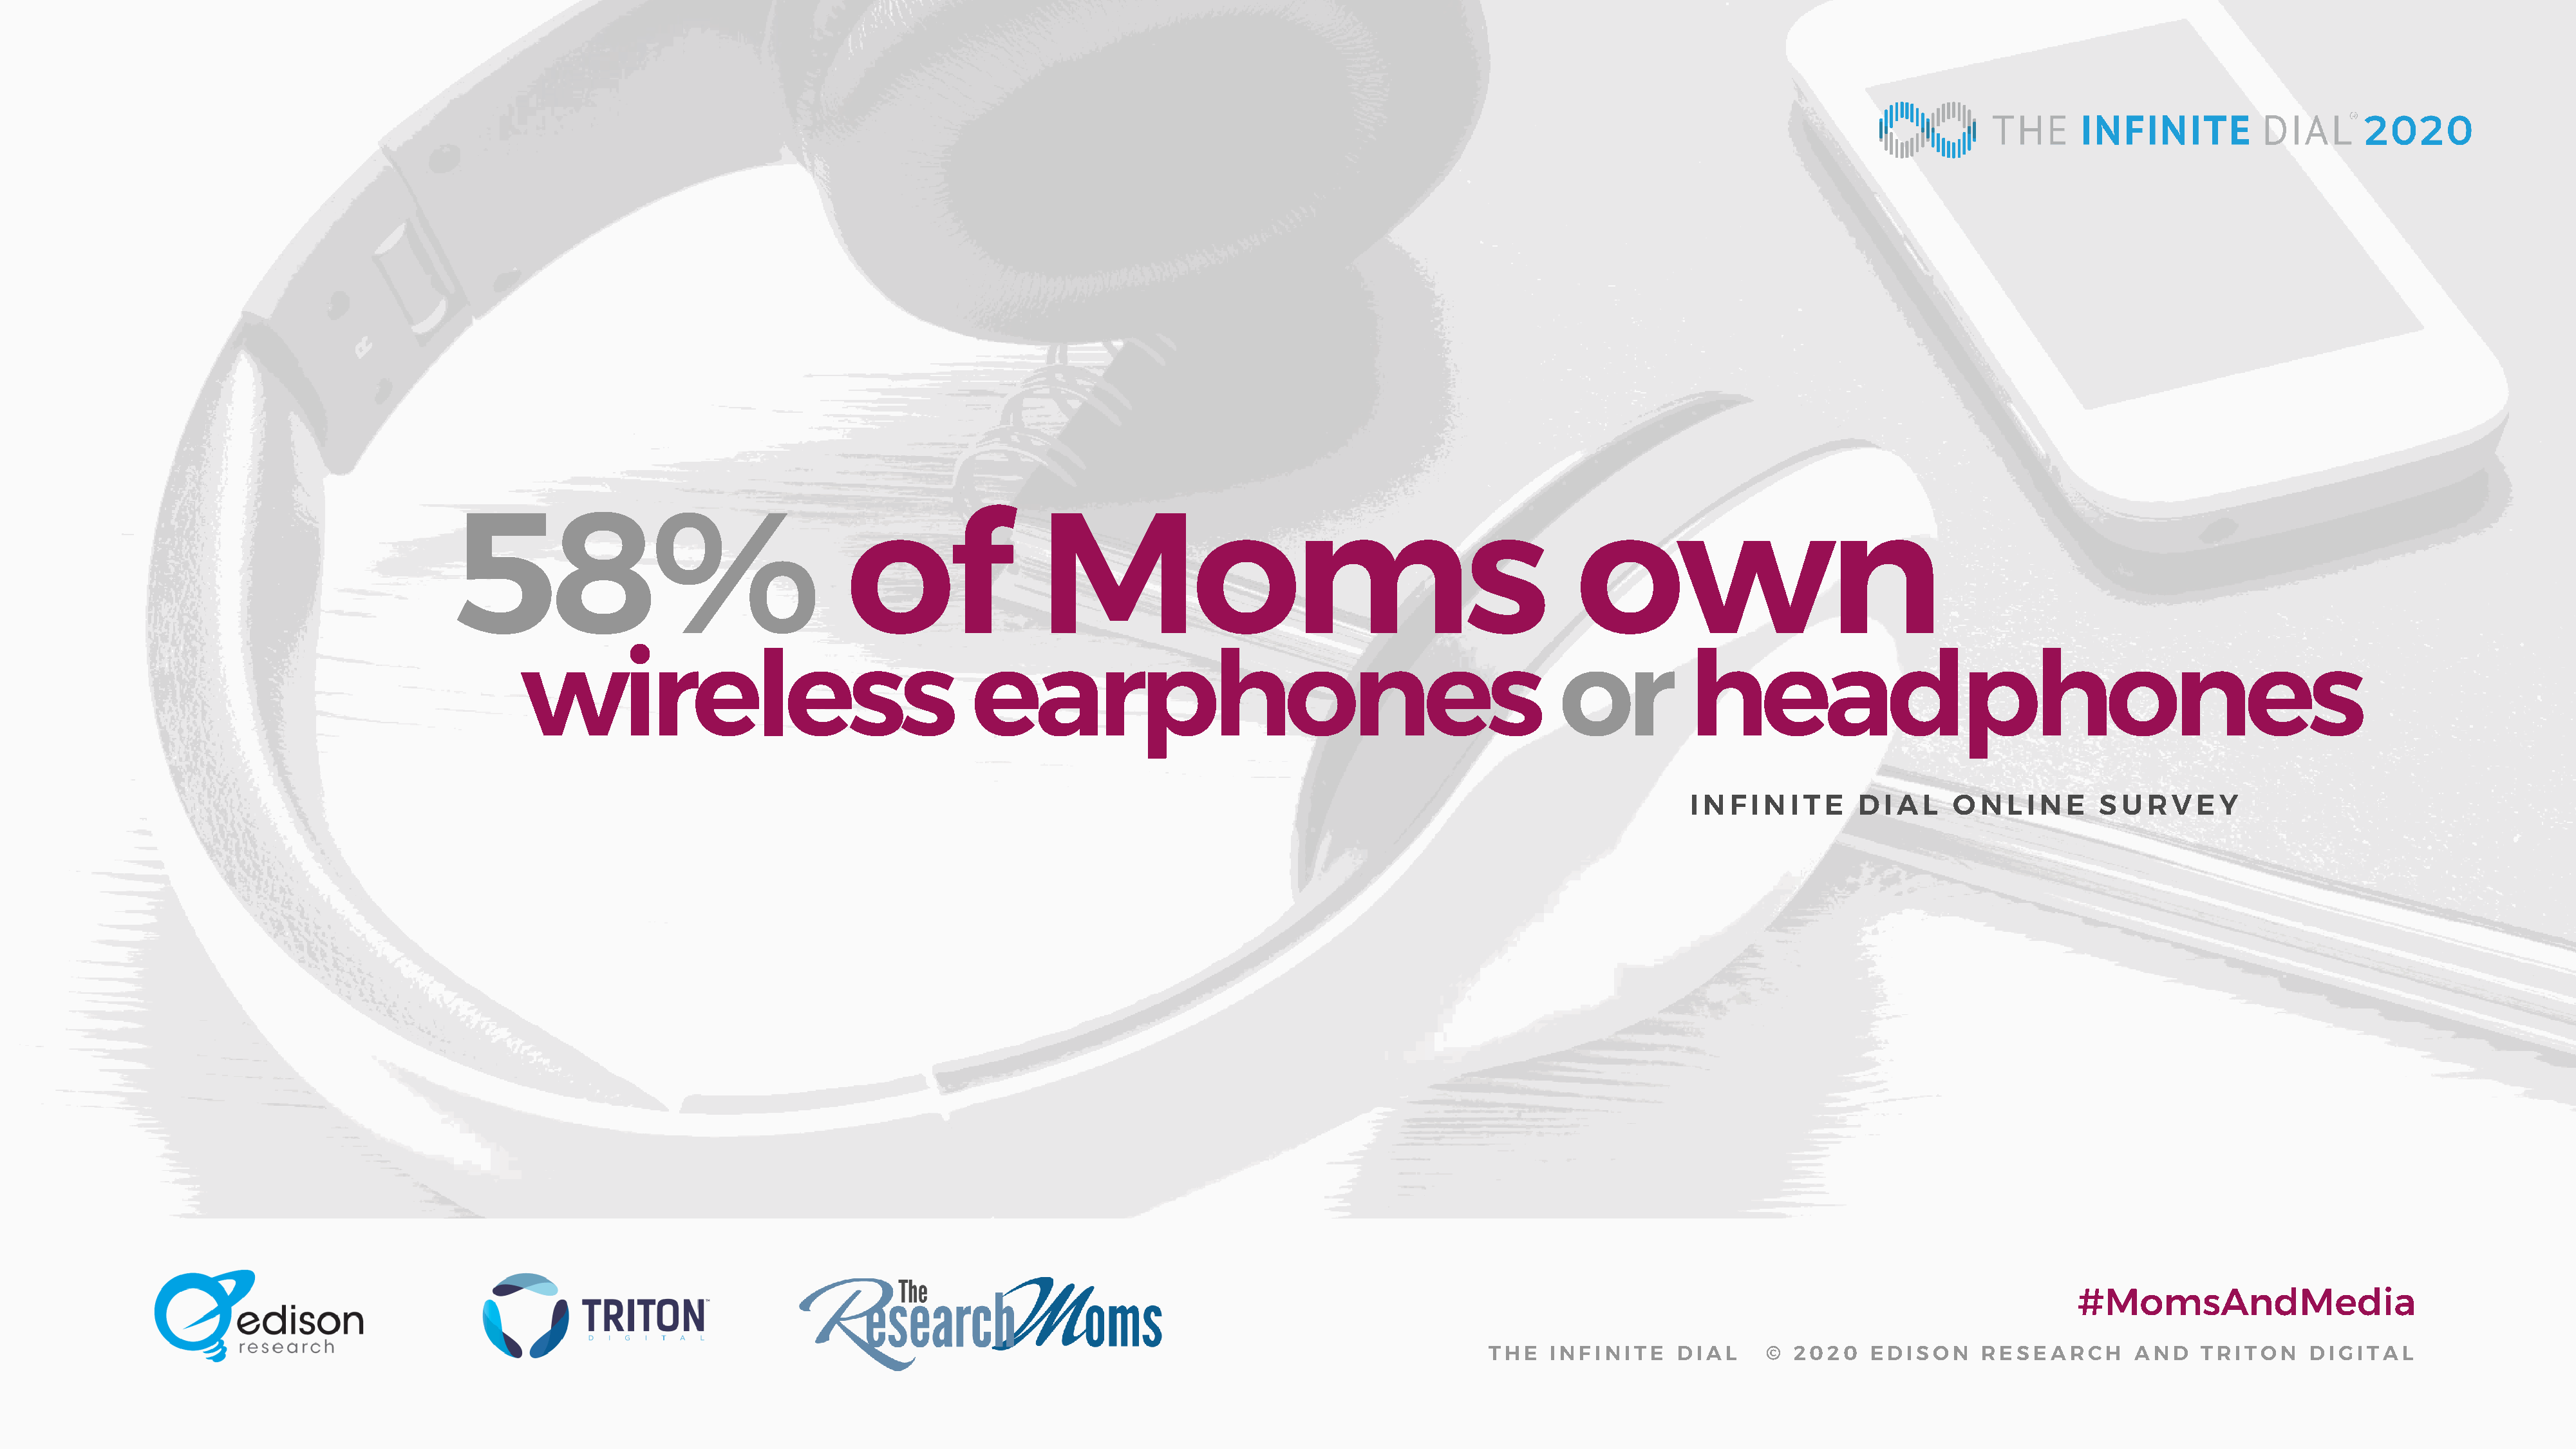
58%                                      of                  Moms                                                   own
 wireless                                      earphones                                                   or            headphones
 I N F I N I T E  D  I A L  O  N L I N E   S U  R V  E Y
 #MomsAndMedia
 THE   INFINITE     DIAL      © 2020    EDISON      RESEARCH       AND    TRITON     DIGITAL